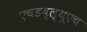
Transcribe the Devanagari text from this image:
एचडब्ल्यूएच